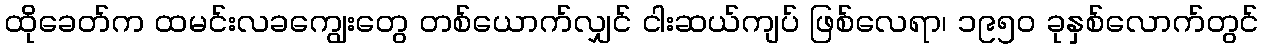
ထိုခေတ်က ထမင်းလခကျွေးတွေ တစ်ယောက်လျှင် ငါးဆယ်ကျပ် ဖြစ်လေရာ၊ ၁၉၅၀ ခုနှစ်လောက်တွင်